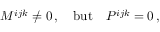
M ^ { i j k } \ne 0 \, , \quad \mathrm { b u t } \quad P ^ { i j k } = 0 \, ,